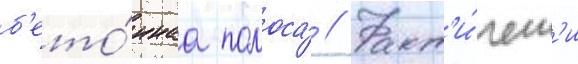
б'ето́ннаа полоса́ // Факт'и́ческ'и